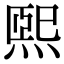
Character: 熙